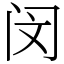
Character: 闵